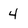
Character: 4